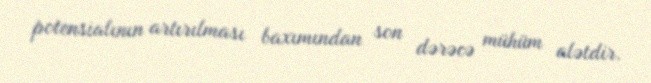
potensialının artırılması baxımından son dərəcə mühüm alətdir.